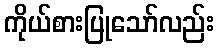
ကိုယ်စားပြုသော်လည်း